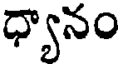
ధ్యానం